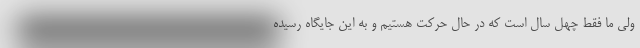
ولی ما فقط چهل سال است که در حال حرکت هستیم و به این جایگاه رسیده